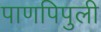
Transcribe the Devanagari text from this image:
पाणपिपुली